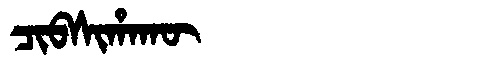
Manchu: ᠴᡳᠪᠰᡳᡥᠠᡴᡡ
Romanization: CIBSIHAKŪ